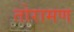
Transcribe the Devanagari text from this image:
तोरामण